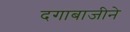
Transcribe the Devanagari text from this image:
दगाबाजीने